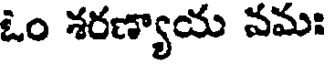
ఓం శరణ్యాయ నమః